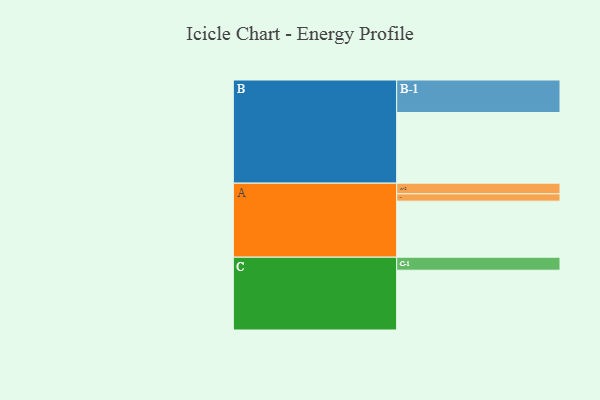
{"axis": {"x": "Segment", "y": "Value"}, "legend": ["", "A", "B", "C"], "data": [{"x": "A", "y": 452, "type": ""}, {"x": "B", "y": 570, "type": ""}, {"x": "C", "y": 482, "type": ""}, {"x": "A-1", "y": 59, "type": "A"}, {"x": "A-2", "y": 86, "type": "A"}, {"x": "B-1", "y": 262, "type": "B"}, {"x": "C-1", "y": 105, "type": "C"}]}